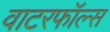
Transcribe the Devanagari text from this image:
वाटरफॉल्स